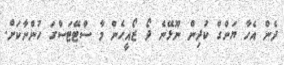
ދެން އެހާ ޔަންގް ކުދިން ނޫޅޭނެ ދޯ ޒޯއީހެން މާ ސްޓޭޓަސްގަ ހުންނާކަށް.